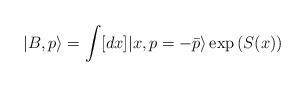
LaTeX: \begin{align*}|B, p\rangle=\int [dx]|x, p=-\bar{p}\rangle \exp{\left(S(x)\right)}\end{align*}